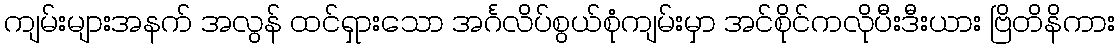
ကျမ်းများအနက် အလွန် ထင်ရှားသော အင်္ဂလိပ်စွယ်စုံကျမ်းမှာ အင်စိုင်ကလိုပီးဒီးယား ဗြိတိနိကား